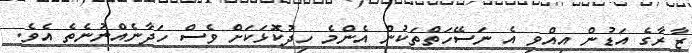
ޒާރާގެ އަޑުން އިއްވި އެ ނަސޭހަތްތަކުން އެންމެ ހިދުކޮޅަކަށް ވެސް ހަދާނެއްނުނެތެ އެވެ.